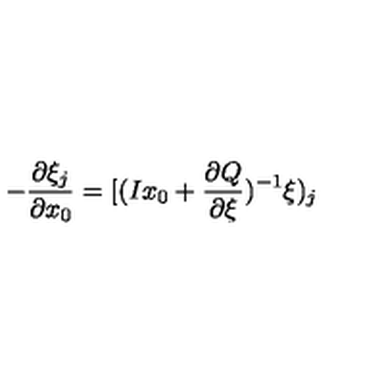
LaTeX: - \frac { \partial \xi _ { j } } { \partial x _ { 0 } } = [ ( I x _ { 0 } + \frac { \partial Q } { \partial \xi } ) ^ { - 1 } \xi ) _ { j }